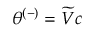
\theta ^ { ( - ) } = \widetilde { V } c